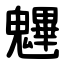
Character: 魓